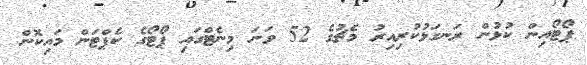
ޕޯޓޯއިން ކުޅުން ރަނގަޅުކުރިއިރު މެޗުގެ 52 ވަނަ މިނެޓްގައި ޕޯޓޯގެ ކެޕްޓަން މައިކޮން